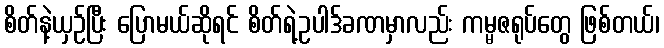
စိတ်နဲ့ယှဉ်ပြီး ပြောမယ်ဆိုရင် စိတ်ရဲ့ဥပါဒ်ခဏမှာလည်း ကမ္မဇရုပ်တွေ ဖြစ်တယ်၊